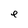
Character: e